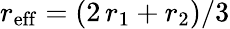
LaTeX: r_{\mathrm{eff}}=(2\, r_{1}+r_{2})/3